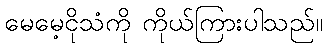
မေမေ့ငိုသံကို ကိုယ်ကြားပါသည်။